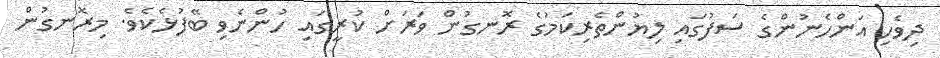
ދިވެހި އަންހެނުންގެ ސަފުގައި ލިޔުންތެރިކަމުގެ ރޮނގުން ވަރަށް ކުރީގައި ހުންނެވި ބޭފުޅެކެވެ. މިރޮނގުން